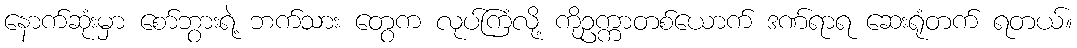
နောက်ဆုံးမှာ စော်ဘွားရဲ့ ဘက်သား တွေက လုပ်ကြံလို့ ကိုဥက္ကာတစ်ယောက် ဒဏ်ရာရ ဆေးရုံတက် ရတယ်။